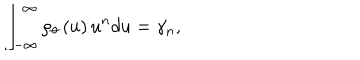
LaTeX: \int _ { - \infty } ^ { \infty } \rho _ { \theta } \left( u \right) u ^ { n } d u = \gamma _ { n } ,